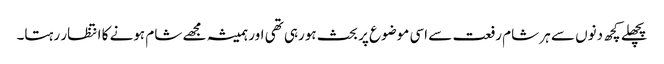
پچھلے کچھ دنوں سے ہر شام رفعت سے اسی موضوع پر بحث ہورہی تھی اور ہمیشہ مجھے شام ہونے کا انتظار رہتا۔